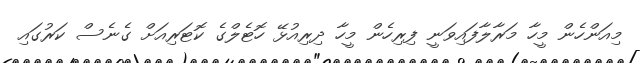
މިއަންހެން މީހާ މަރާލާފައިވަނީ ފިރިހެން މީހާ ދިރިއުޅޭ ހޮޓެލްގެ ކޮޓަރިއަށް ގެނެސް ކަރުގައި